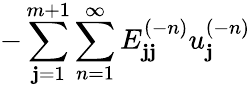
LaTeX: {-\sum_{\mathbf{j}=1}^{m+1}\sum_{n=1}^{\infty}E_{\mathbf{j}\mathbf{j}}^{(-n)}u_{\mathbf{j}}^{(-n)}}